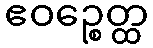
ဧဝဉ္စေတ္ထ